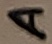
Text: A